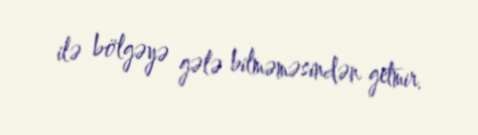
ilə bölgəyə gələ bilməməsindən getmir.